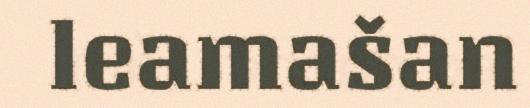
leamašan